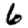
Digit: 6